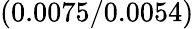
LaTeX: (0.0075/0.0054)